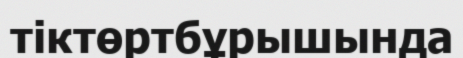
тіктөртбұрышында